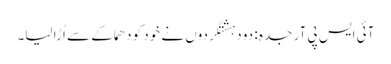
آئی ایس پی آر جدہ : دو دہشتگردوں نے خود کو دھماکے سے اُڑا لیا۔